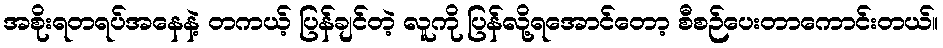
အစိုးရတရပ်အနေနဲ့ တကယ့် ပြန်ချင်တဲ့ လူကို ပြန်လို့ရအောင်တော့ စီစဉ်ပေးတာကောင်းတယ်။